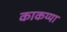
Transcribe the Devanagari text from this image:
काकय्या